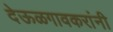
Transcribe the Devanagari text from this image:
देऊळगावकरांनी